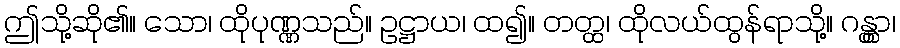
ဤသို့ဆို၏။ သော၊ ထိုပုဏ္ဏသည်။ ဥဋ္ဌာယ၊ ထ၍။ တတ္ထ၊ ထိုလယ်ထွန်ရာသို့။ ဂန္တွာ၊